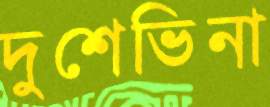
দুশেভিনা